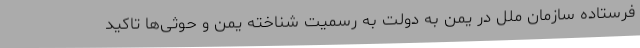
فرستاده سازمان ملل در یمن به دولت به رسمیت شناخته یمن و حوثی‌ها تاکید